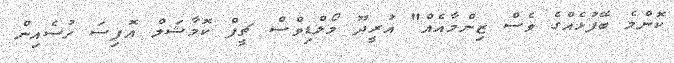
ކޮންމެ ބޭފުޅެއްގެ ވެސް ޒިންމާއެއް" އުރީދޫ މޯލްޑިވްސް ޗީފް ކޮމާޝަލް އޮފިސަ ހުސެއިން